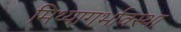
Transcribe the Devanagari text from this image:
मिथ्यागर्भावस्था